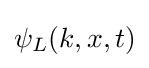
{\textstyle \psi _{L}(k,x,t)}